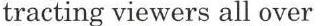
tracting viewers all over